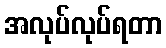
အလုပ်လုပ်ရတာ